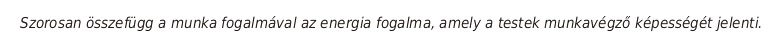
Szorosan összefügg a munka fogalmával az energia fogalma, amely a testek munkavégző képességét jelenti.